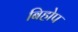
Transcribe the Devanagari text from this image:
बिहोप